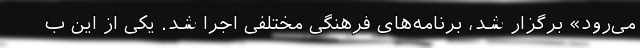
می‌رود» برگزار شد، برنامه‌های فرهنگی مختلفی اجرا شد. یکی از این ب